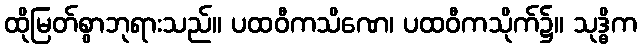
ထိုမြတ်စွာဘုရားသည်။ ပထဝီကသိဏေ၊ ပထဝီကသိုက်၌။ သုဒ္ဓိက